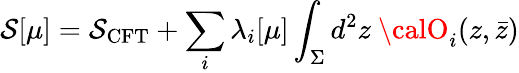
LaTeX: \mathcal{S}[\mu]=\mathcal{S}_{\mathrm{{CFT}}}+\sum_{i}\lambda_{i}[\mu]\int_{\Sigma}d^{2}z~{\calO}_{i}(z,\bar{{z}})